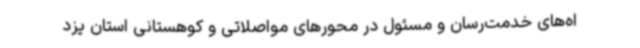
اه‌های خدمت‌رسان و مسئول در محورهای مواصلاتی و کوهستانی استان یزد